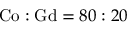
\mathrm { C o } : \mathrm { G d } = 8 0 : 2 0